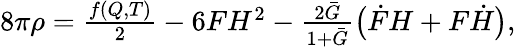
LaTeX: \begin{array}{r}{8\pi\rho=\frac{f(Q,T)}{2}-6FH^{2}-\frac{2\bar{G}}{1+\bar{G}}\big(\dot{F}H+F\dot{H}\big),}\end{array}